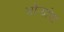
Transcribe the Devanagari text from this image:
मोर्‍यांचा